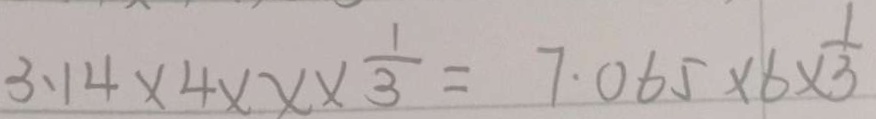
3 . 1 4 \times 4 \times x \times \frac { 1 } { 3 } = 7 . 0 6 5 \times 6 \times \frac { 1 } { 3 }